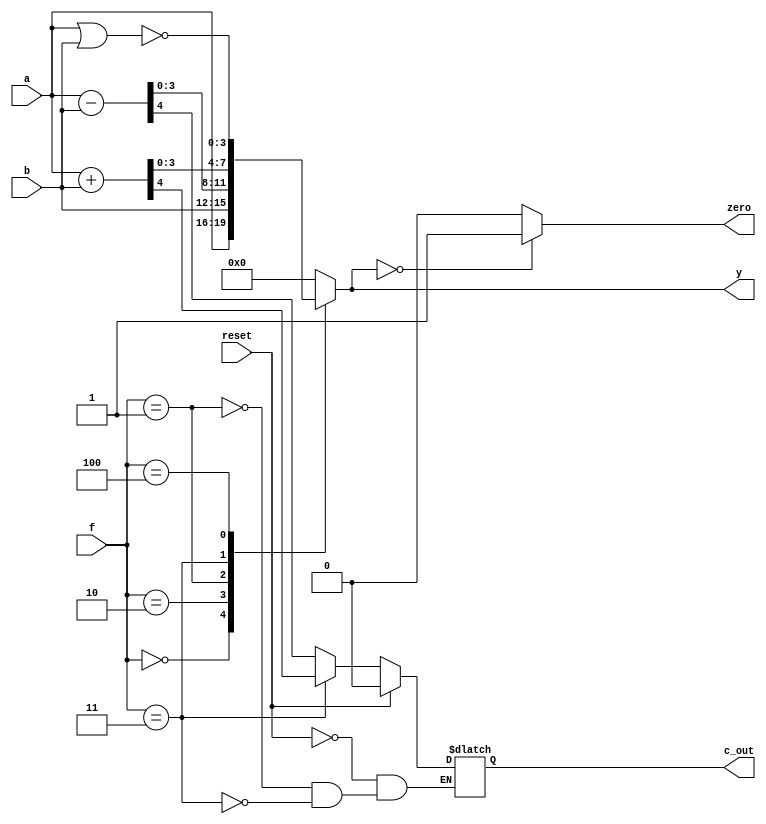
module alu (input reset,
            input [3:0] a, b,
            input [2:0] f,
            output reg [3:0] y,
            output reg c_out, zero);

  reg [4:0] overflow_aid;

  parameter pass_a = 3'b000;
  parameter pass_b = 3'b010;
  parameter compare = 3'b001;
  parameter ADD = 3'b011;
  parameter NOR = 3'b100;

  always @(*) begin
    case(f)
      pass_a: y = a;
      pass_b: y = b;
      compare: begin
                overflow_aid = a-b;
                y = overflow_aid[3:0];
                c_out = overflow_aid[4];
                end
      ADD: begin
            overflow_aid = a+b;
            y = overflow_aid[3:0];
            c_out = overflow_aid[4];
           end
      NOR: y = a~|b;
      default: y = 3'b000;
    endcase

  if (y == 0)
    zero = 1;
    else
      zero = 0;

  if (reset == 1)
    c_out = 0;
      end
endmodule // alu